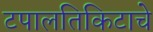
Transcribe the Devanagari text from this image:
टपालतिकिटाचे